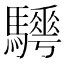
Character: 𩦰